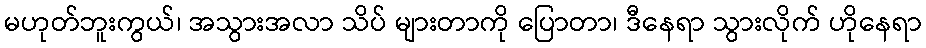
မဟုတ်ဘူးကွယ်၊ အသွားအလာ သိပ် များတာကို ပြောတာ၊ ဒီနေရာ သွားလိုက် ဟိုနေရာ